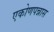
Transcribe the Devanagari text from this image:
एकोणपन्नास